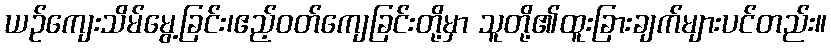
ယဉ်ကျေးသိမ်မွေ့ခြင်း၊ဧည့်ဝတ်ကျေခြင်းတို့မှာ သူတို့၏ထူးခြားချက်များပင်တည်း။